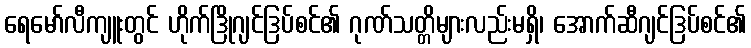
ရေမော်လီကျူးတွင် ဟိုက်ဒြိုဂျင်ဒြပ်စင်၏ ဂုဏ်သတ္တိများလည်းမရှိ၊ အောက်ဆီဂျင်ဒြပ်စင်၏